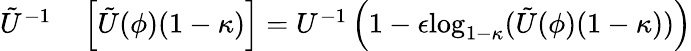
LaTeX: \begin{array}{rl}{\tilde{U}^{-1}}&{{}\left[\tilde{U}(\phi)(1-\kappa)\right]=U^{-1}\left(1-\epsilon\mathrm{log}_{1-\kappa}(\tilde{U}(\phi)(1-\kappa))\right)}\end{array}